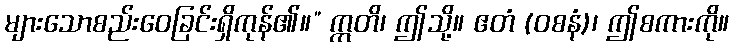
များသောစည်းဝေခြင်းရှိကုန်၏။” ဣတိ၊ ဤသို့။ ဧတံ (ဝစနံ)၊ ဤစကားကို။